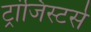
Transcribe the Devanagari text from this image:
ट्रांजिस्टर्स